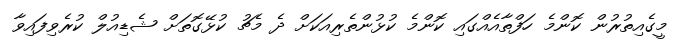
މީގެއިތުރުން ކޮންމެ ހަފްތާއެއްގައި ކޮންމެ ކުޅުންތެރިއަކަށް ދެ މެޗު ކުޅޭގޮތަށް ޝެޑިއުލް ކުރެވިފައިވާ